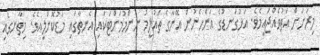
މިރަށަށް އަތުވެއްޖައީމެވެ. އަޅުގަނޑުގެ އަންހެނުން އޭނާގެ ތައުލީމު ނިންމުމަށްޓަކައި އެނތާގައި މަޑުކޮށްލީއެވެ. މިތާނގައި